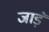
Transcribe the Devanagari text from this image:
जाड़ॅ